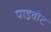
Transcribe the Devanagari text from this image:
पाइवोट